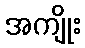
အကျိုး